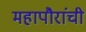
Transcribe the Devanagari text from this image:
महापौरांची